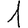
Digit: 1